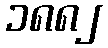
၁၈၈၂